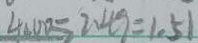
4 0 0 0 = 2 . 4 9 = 1 . 5 1